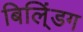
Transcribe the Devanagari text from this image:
बिलि्ंडग